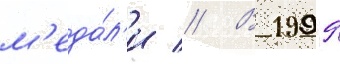
м'еда́л'и // В 1999